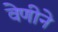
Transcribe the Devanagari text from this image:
वेणीने